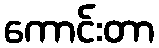
ကောင်းတာ